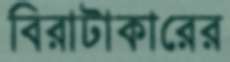
বিরাটাকারের